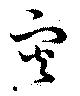
災